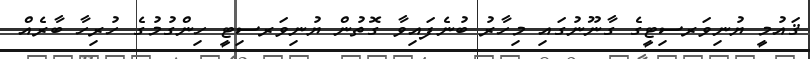
ޤައުމީ ޔުނިވަރސިޓީގެ ގާނޫނުގައި މިހާރު ބުނެފައިވާ ގޮތުން ޔުނިވަރސިޓީ ހިންގުމުގެ ހުރިހާ ބާރެއް